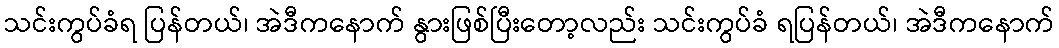
သင်းကွပ်ခံရ ပြန်တယ်၊ အဲဒီကနောက် နွားဖြစ်ပြီးတော့လည်း သင်းကွပ်ခံ ရပြန်တယ်၊ အဲဒီကနောက်